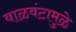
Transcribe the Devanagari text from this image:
वाळवंटामुळे